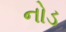
નોડ